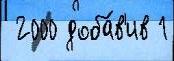
 2000 доба́в'ив 1